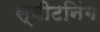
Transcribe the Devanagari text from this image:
स्वीटनिंग